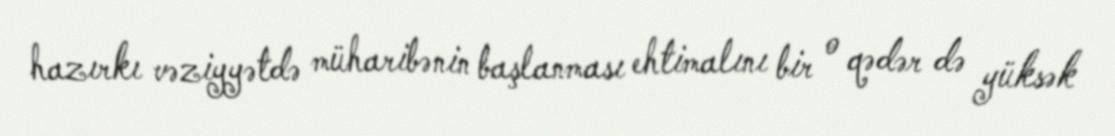
hazırkı vəziyyətdə müharibənin başlanması ehtimalını bir o qədər də yüksək